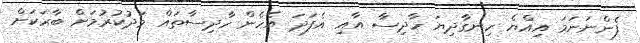
ފެންނަނަމަ އިއްޔެ ހިނގާދިޔަ ހާދިސާ އާއި އެފަދަ އެހެން ހާދިސާތައް މަދުކުރުމަށް ބާރަކަށް